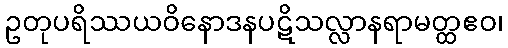
ဥတုပရိဿယဝိနောဒနပဋိသလ္လာနရာမတ္ထဧဝ၊